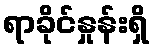
ရာခိုင်နှုန်းရှိ